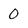
Character: 0